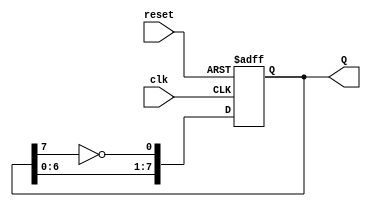
module johnson_counter (
    input wire clk,        // Clock input
    input wire reset,      // Asynchronous reset input
    output reg [7:0] Q     // 8-bit output
);

// Always block triggered on the rising edge of the clock or on reset
always @(posedge clk or posedge reset) begin
    if (reset) begin
        // Reset the output to 00000000
        Q <= 8'b00000000;
    end else begin
        // Johnson counter logic
        Q <= {Q[6:0], ~Q[7]};
    end
end

endmodule